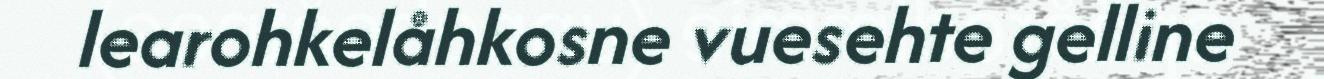
learohkelåhkosne vuesehte gelline